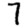
Digit: 7